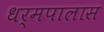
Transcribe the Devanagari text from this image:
धर्मपालास